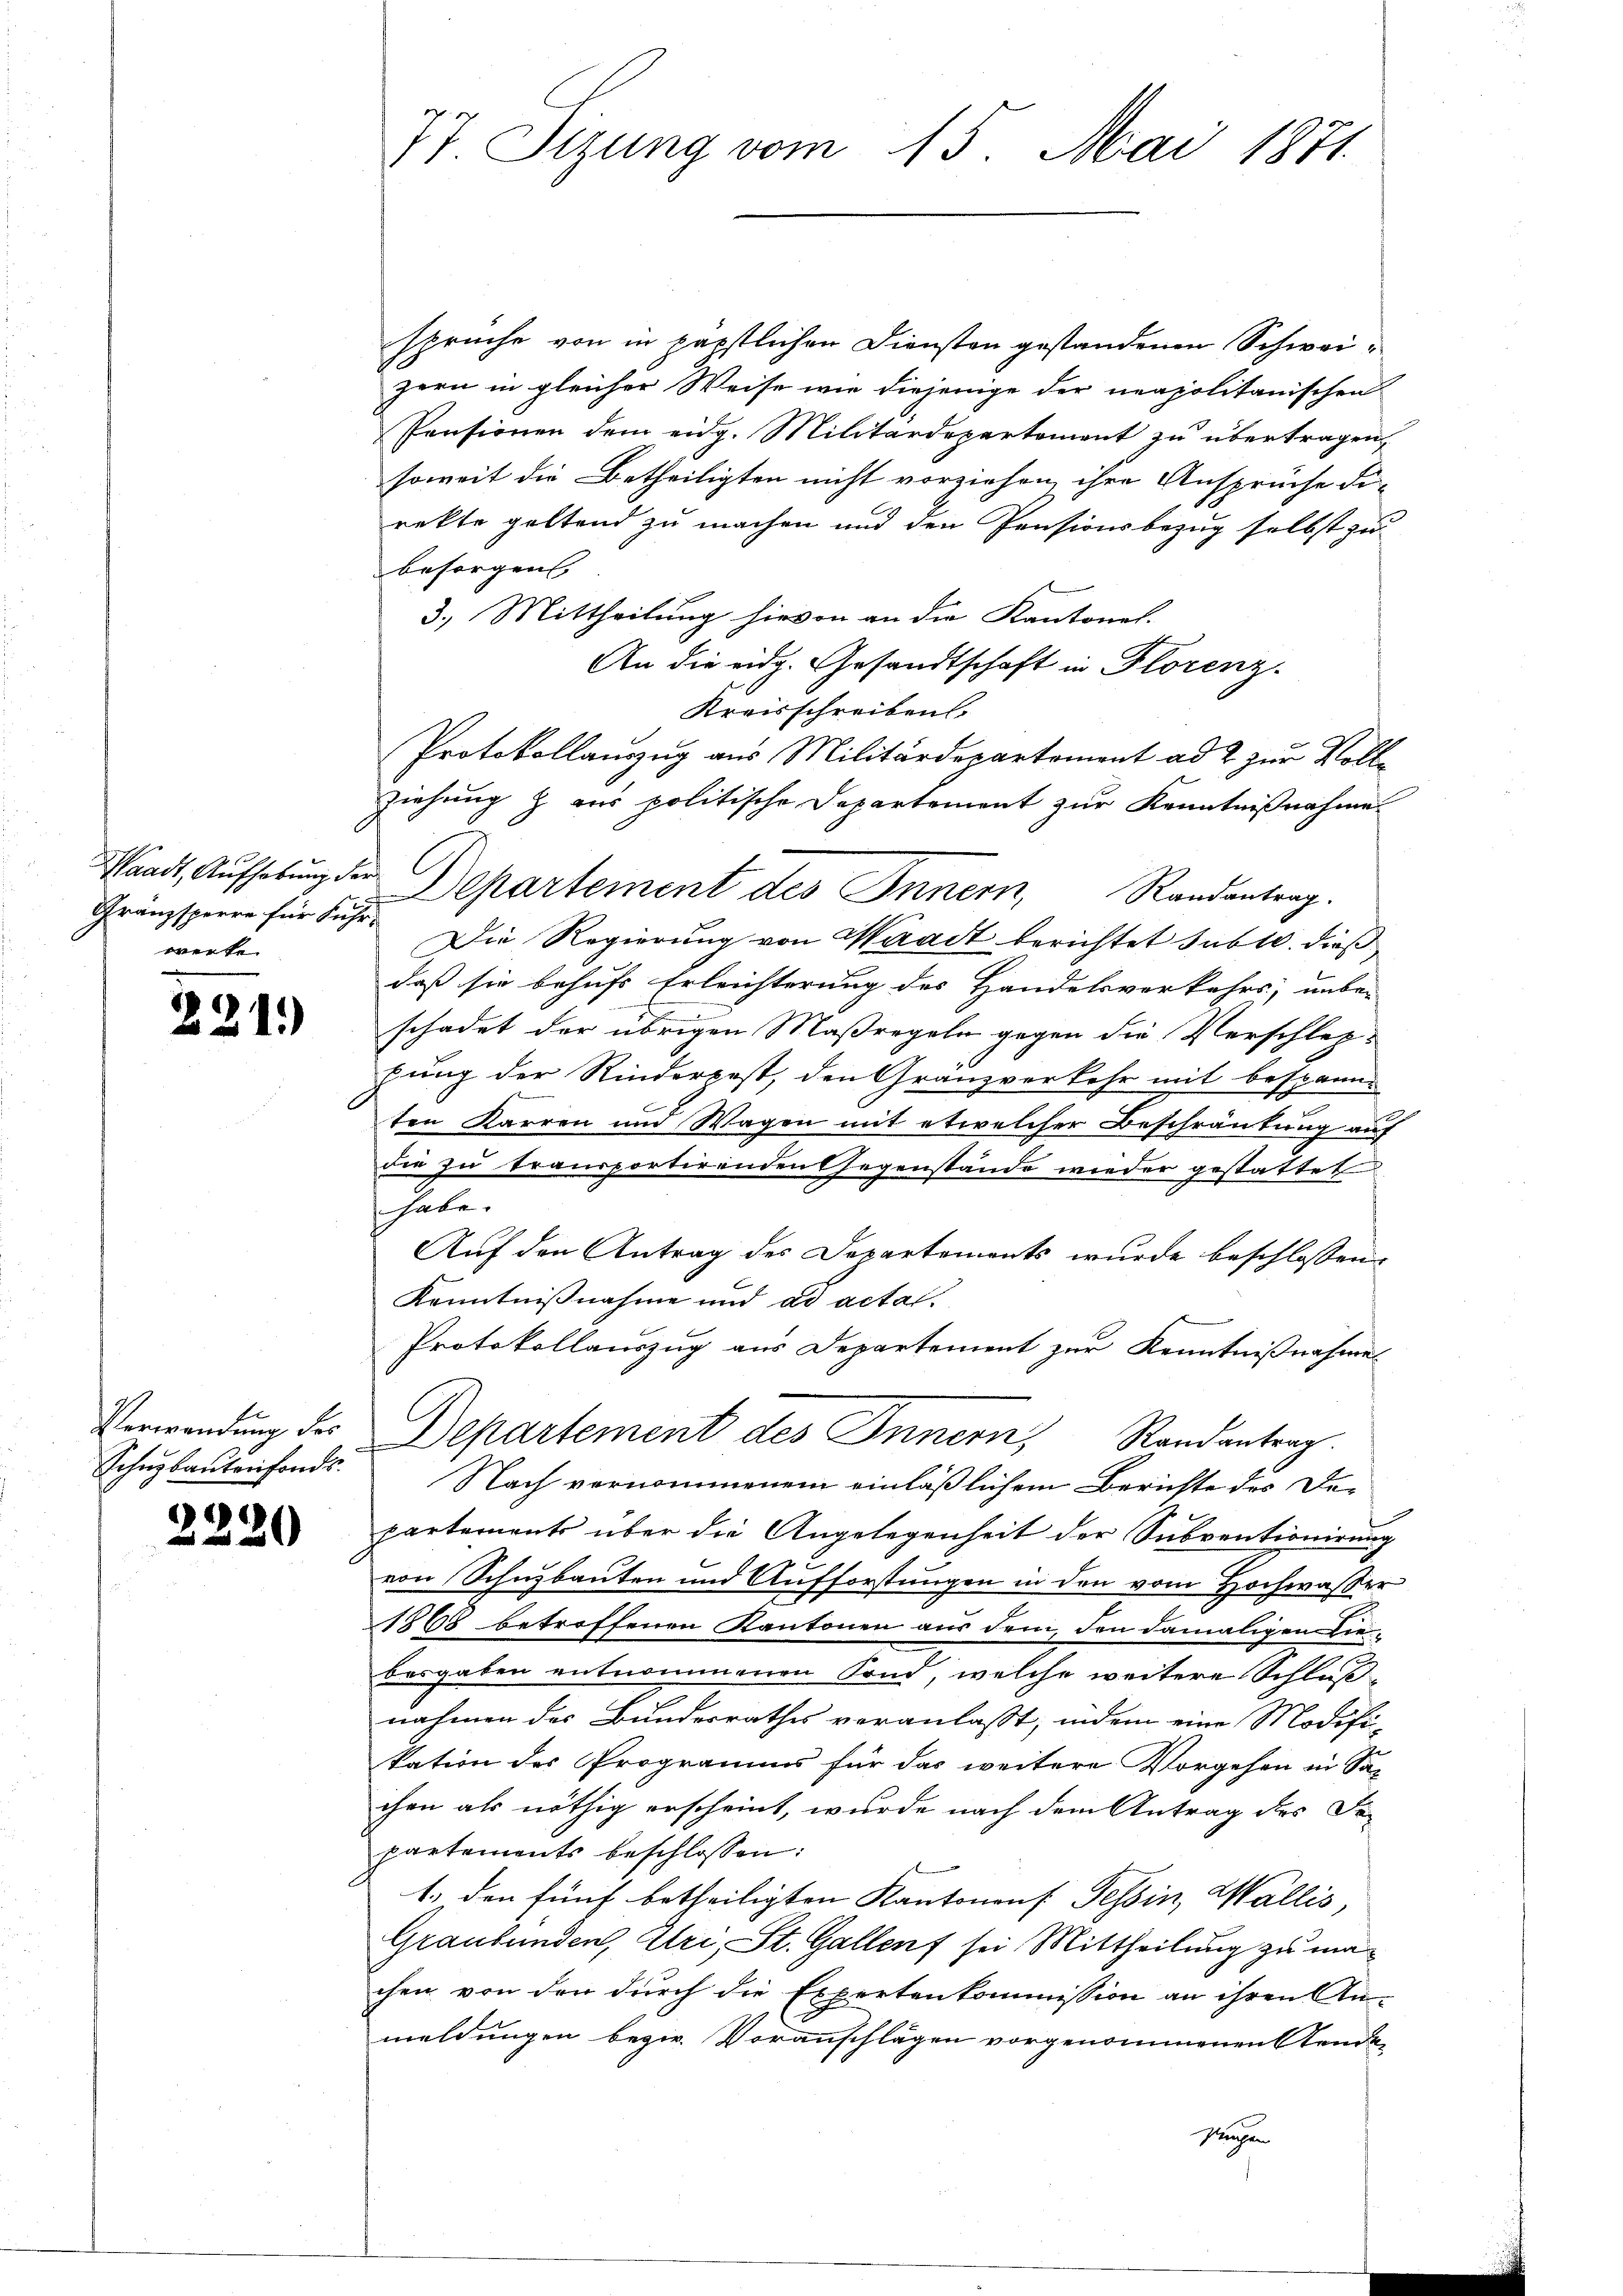
Gränzsperre für Fuhr
werke

221.

Schüzbautenfonds.

2220

77 Sizung vom 15. Mai 1871

sprüche von in päpstlichen Diensten gestandenen Schweizern in gleicher Weise wie diejenige der neapolitanischen
Pensionen dem eidg. Militärdepartement zu übertragen,
soweit die Betheiligten nicht vorziehen, ihre Ansprüche di-
rekte geltend zu machen und den Pensionsbezug selbst zu
besorgen
3.) Mittheilung hievon an die Kantonel.
An die eidg. Gesandtschaft in Florenz.
Kreisschreiben.
Protokollauszug aus Militärdepartement ad 2 zur Vollziehung & aus politische Departement zur Kenntnißnahme
Waadt, Aufhebung der Departement des Innern, Randantrag.
Die Regierung von Waadt berichtet subte. dieß
daß sie behufs Erleichterung des Handelsverkehrs, unbe-
schadet der übrigen Maßregeln gegen die Verschlep-
fung der Rinderpest, den Gränzverkehr mit bespann-
ten Karren und Wagen mit etwelcher Beschränkung auf
die zu transportirenden Gegenstände wieder gestattet
shabe.
Auf den Antrag des Departements wurde beschlossen:
Kenntnißnahme und ad acta.
Protokollauszug aus Departement zur Kenntnißnahmes
Verwendung des Departement des Innern, Randantrag.
Nach vernommenem einläßlichem Berichte des Departements über die Angelegenheit der Subventionirung
von Schnybauten und Aufforstungen in den vom Hochwaßer
1868 betreffenen Kantonen aus dem, den damaligen Liebesgaben entnommenen Fond, welche weitere Schluß-
nahmen des Bundesrathes veranlasst, indem eine Modifi-
kation des Programms für das weitere Vorgehen in Sa-
chen als nöthig erscheint, wurde nach dem Antrag des Fa-
partements beschlossen:
1. den fünf betheiligten Kantonens Tessin, Wallis,
Graubünden, Uri, St. Gallenf sei Mittheilung zu machen von den durch die Expertenkommission an ihren An-
meldungen bezw. Voranschlägen vorgenommenen Aenden
sungen